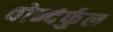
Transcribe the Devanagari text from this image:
वोन्देर्फुल